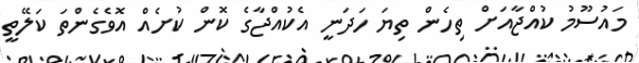
މައުސޫމު ކުއްޖާއަށް ތިހެން ތިޔަ ހަދަނީ އެކުއްޖާގެ ކޮން ކުށެއް އޮވެގެންތަ ކަލޭތީ